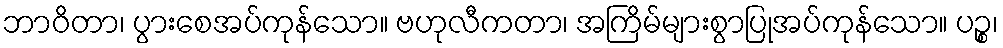
ဘာဝိတာ၊ ပွားစေအပ်ကုန်သော။ ဗဟုလီကတာ၊ အကြိမ်များစွာပြုအပ်ကုန်သော။ ပဉ္စ၊